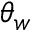
\theta _ { w }